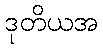
ဒုတိယအ